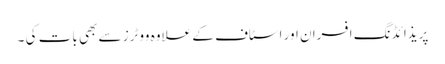
پریذائڈنگ افسران اور اسٹاف کے علاوہ ووٹرز سے بھی بات کی ۔